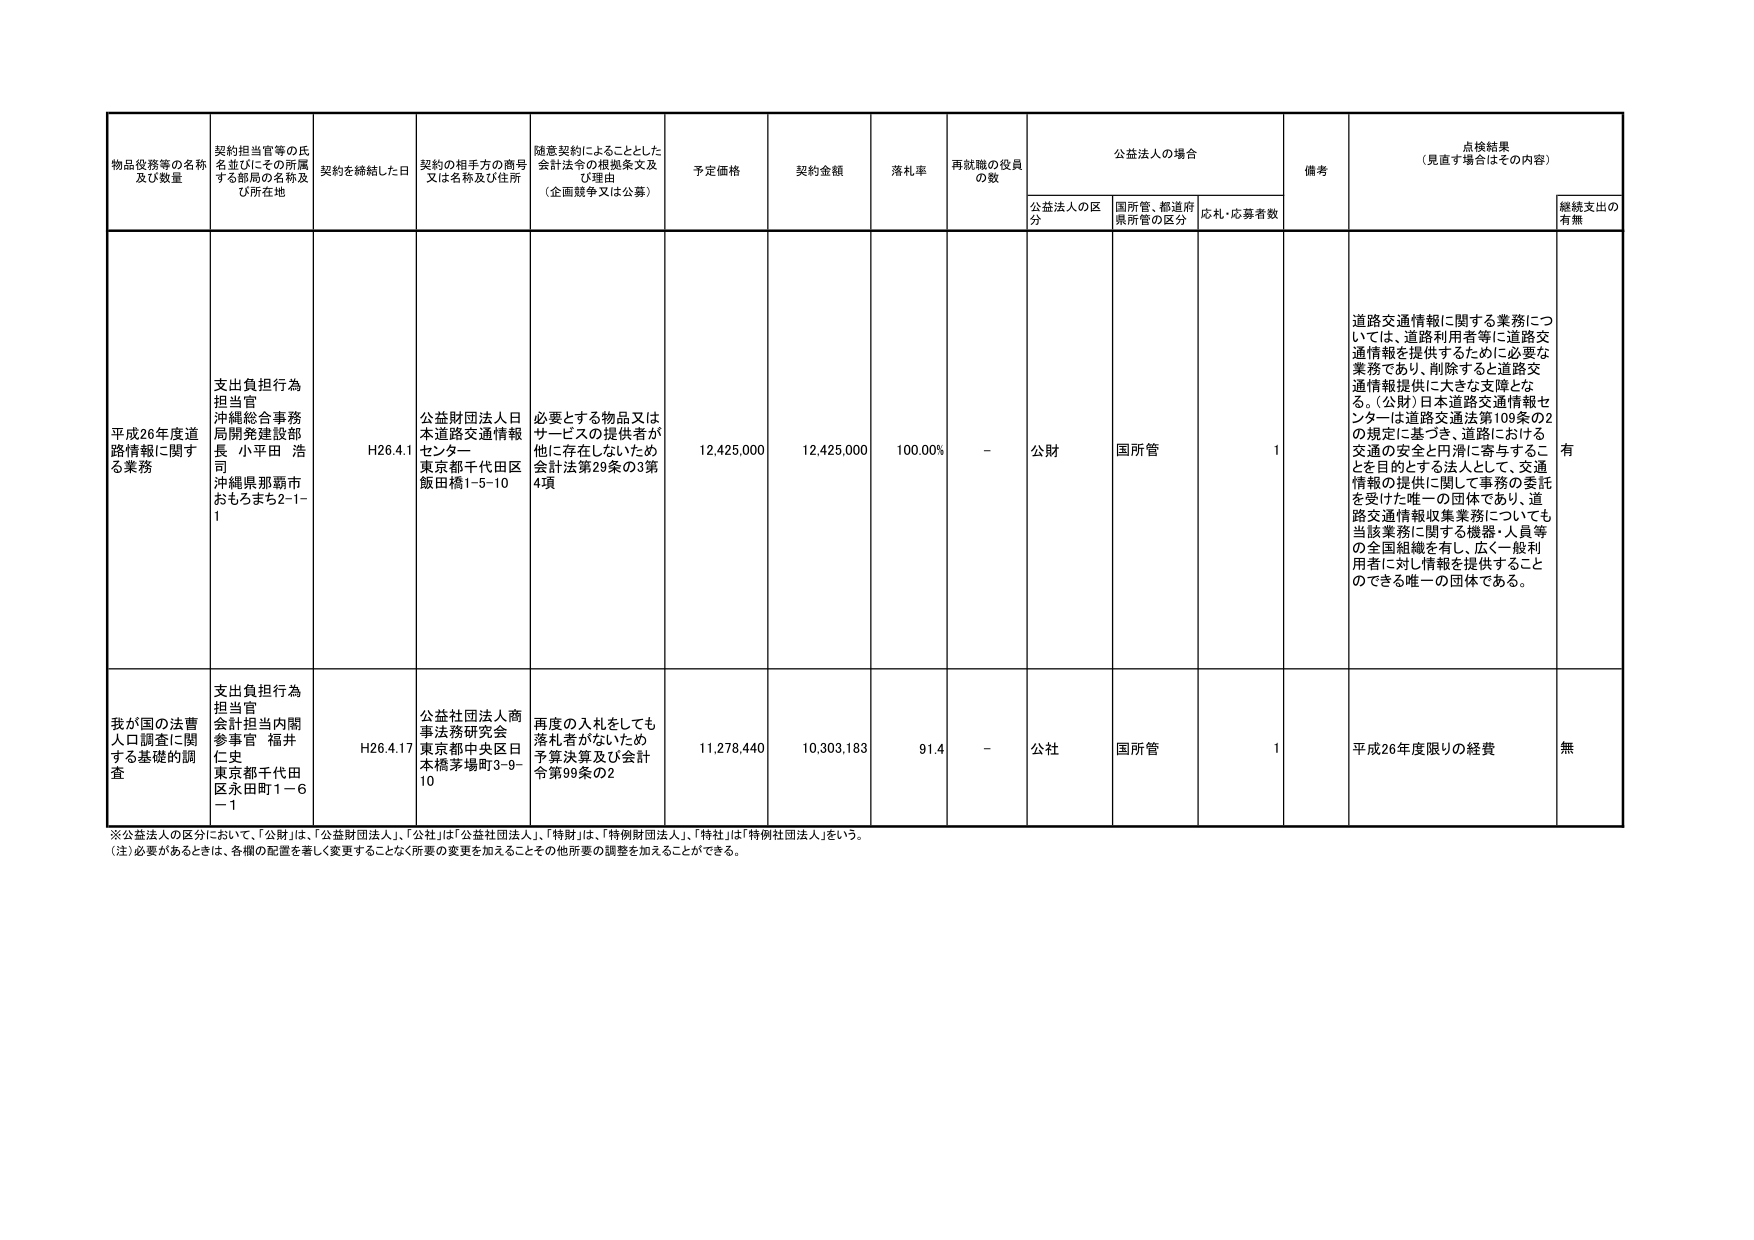
物品役務等の名称及び数量　契約担当官等の氏名並びにその所属する部局の名称及び所在地　契約を締結した日　契約の相手方の商号又は名称及び住所　随意契約によることとした会計法令の根拠条文及び理由（企画競争又は公募）　予定価格　契約金額　落札率　再就職の役員の数　公益法人の場合　備考　点検結果（見直す場合はその内容）　継続支出の有無

平成26年度道路情報に関する業務　支出負担行為担当官沖縄総合事務局開発建設部長 小平田 浩司 沖縄県那覇市おもろまち2-1-1　H26.4.1　公益財団法人日本道路交通情報センター 東京都千代田区飯田橋1-5-10　必要とする物品又はサービスの提供者が他に存在しないため会計法第29条の3第4項　12,425,000　12,425,000　100.00%　-　公財　国所管　1　道路交通情報に関する業務については、道路利用者等に道路交通情報を提供するために必要な業務であり、削除すると道路交通情報提供に大きな支障となる。（公財）日本道路交通情報センターは道路交通法第109条の2の規定に基づき、道路における交通の安全と円滑に寄与することを目的とする法人として、交通情報の提供に関して事務の委託を受けた唯一の団体であり、道路交通情報収集業務についても当該業務に関する機器・人員等の全国組織を有し、広く一般利用者に対し情報を提供することのできる唯一の団体である。　有

我が国の法曹人口調査に関する基礎的調査　支出負担行為担当官会計担当内閣参事官 福井仁史 東京都千代田区永田町1－6－1　H26.4.17　公益社団法人商事法務研究会 東京都中央区日本橋茅場町3-9-10　再度の入札をしても落札者がいないため予算決算及び会計令第99条の2　11,278,440　10,303,183　91.4　-　公社　国所管　1　平成26年度限りの経費　無

※公益法人の区分において、「公財」は、「公益財団法人」、「公社」は「公益社団法人」、「特財」は、「特例財団法人」、「特社」は「特例社団法人」をいう。
（注）必要があるときは、各欄の配置を著しく変更することなく所要の変更を加えることその他所要の調整を加えることができる。